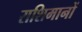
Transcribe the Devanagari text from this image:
राशिमानों